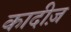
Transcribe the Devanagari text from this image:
कादीज़